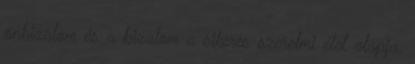
önbizalom és a bizalom a sikeres szerelmi élet alapja.